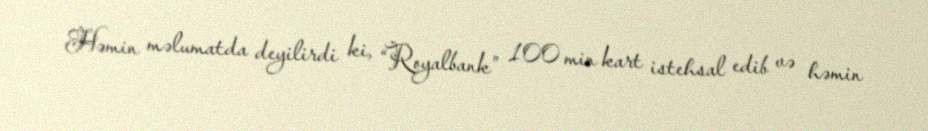
Həmin məlumatda deyilirdi ki, “Royalbank” 100 min kart istehsal edib və həmin